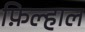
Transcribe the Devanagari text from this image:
फ़िल्हाल